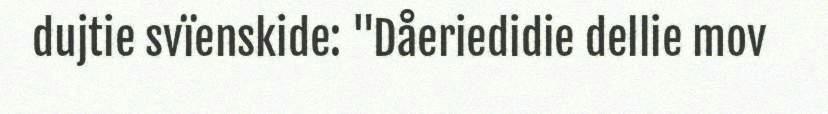
dujtie svïenskide: "Dåeriedidie dellie mov